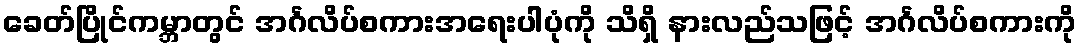
ခေတ်ပြိုင်ကမ္ဘာတွင် အင်္ဂလိပ်စကားအရေးပါပုံကို သိရှိ နားလည်သဖြင့် အင်္ဂလိပ်စကားကို